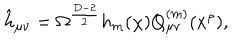
\hat { h } _ { \mu \nu } = \Omega ^ { \frac { D - 2 } { 2 } } h _ { m } ( \chi ) Q _ { \mu \nu } ^ { ( m ) } ( x ^ { \rho } ) ,